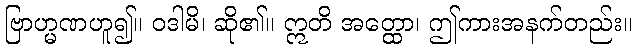
ဗြာဟ္မဏဟူ၍။ ဝဒါမိ၊ ဆို၏။ ဣတိ အတ္ထော၊ ဤကားအနက်တည်း။